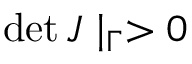
\operatorname* { d e t } J \mid _ { \Gamma } > 0